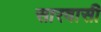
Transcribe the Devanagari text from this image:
सारवासी